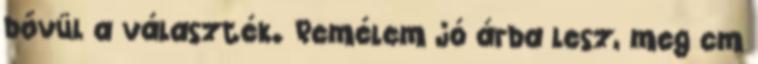
bővül a választék. Remélem jó árba lesz, meg cm